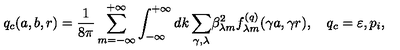
q _ { c } ( a , b , r ) = \frac { 1 } { 8 \pi } \sum _ { m = - \infty } ^ { + \infty } \int _ { - \infty } ^ { + \infty } { d k \sum _ { \gamma , \lambda } } \beta _ { \lambda m } ^ { 2 } f _ { \lambda m } ^ { ( q ) } ( \gamma a , \gamma r ) , \quad q _ { c } = \varepsilon , p _ { i } ,